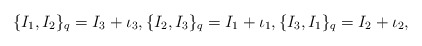
\begin{align*} \{I_1, I_2\}_{q}=I_3+\iota_3,\{I_2,I_3\}_{q}=I_1+\iota_1,\{I_3,I_1\}_{q}=I_2+\iota_2,\end{align*}